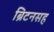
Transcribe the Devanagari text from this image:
ब्रिटनसह